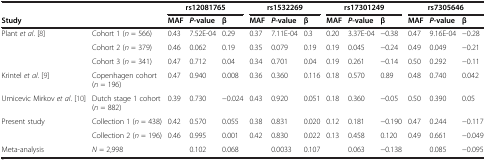
|  |  | <COLSPAN=2> rs12081765 |  | <COLSPAN=2> rs1532269 |  | <COLSPAN=2> rs17301249 |  | <COLSPAN=2> rs7305646 |  |
 | <COLSPAN=2> Study | MAF | P-value | β | MAF | P-value | β | MAF | P-value | β | MAF | P-value | β |
 | --- | --- | --- | --- | --- | --- | --- | --- | --- | --- | --- | --- | --- | --- |
 | <ROWSPAN=3> Plant et al. [8] | Cohort 1 (n = 566) | 0.43 | 7.52E-04 | 0.29 | 0.37 | 7.11E-04 | 0.3 | 0.20 | 3.37E-04 | −0.38 | 0.47 | 9.16E-04 | −0.28 |
 | Cohort 2 (n = 379) | 0.46 | 0.062 | 0.19 | 0.35 | 0.079 | 0.19 | 0.19 | 0.045 | −0.24 | 0.49 | 0.049 | −0.21 |
 | Cohort 3 (n = 341) | 0.47 | 0.712 | 0.04 | 0.34 | 0.701 | 0.04 | 0.19 | 0.261 | −0.14 | 0.50 | 0.292 | −0.11 |
 | Krintel et al. [9] | Copenhagen cohort (n = 196) | 0.47 | 0.940 | 0.008 | 0.36 | 0.360 | 0.116 | 0.18 | 0.570 | 0.89 | 0.48 | 0.740 | 0.042 |
 | Umicevic Mirkov et al. [10] | Dutch stage 1 cohort (n = 882) | 0.39 | 0.730 | −0.024 | 0.43 | 0.920 | 0.051 | 0.18 | 0.360 | −0.05 | 0.50 | 0.390 | 0.05 |
 | <ROWSPAN=2> Present study | Collection 1 (n = 438) | 0.42 | 0.570 | 0.055 | 0.38 | 0.831 | 0.020 | 0.12 | 0.181 | −0.190 | 0.47 | 0.244 | −0.117 |
 | Collection 2 (n = 196) | 0.46 | 0.995 | 0.001 | 0.42 | 0.830 | 0.022 | 0.13 | 0.458 | 0.120 | 0.49 | 0.661 | −0.049 |
 | Meta-analysis | N = 2,998 |  | 0.102 | 0.068 |  | 0.0033 | 0.107 |  | 0.063 | −0.138 |  | 0.085 | −0.095 |